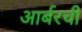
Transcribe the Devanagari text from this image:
आर्बरची